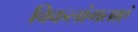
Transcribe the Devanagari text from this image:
विकलांगताएं